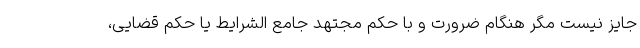
جایز نیست مگر هنگام ضرورت و با حکم مجتهد جامع الشرایط یا حکم قضایی،